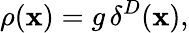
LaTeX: \rho({\mathbf x})=g\, \delta^{D}({\mathbf x}),